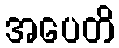
အပေတိ